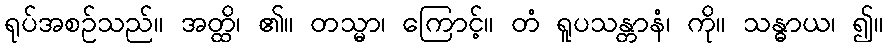
ရုပ်အစဉ်သည်။ အတ္ထိ၊ ၏။ တသ္မာ၊ ကြောင့်။ တံ ရူပသန္တာနံ၊ ကို။ သန္ဓာယ၊ ၍။